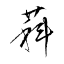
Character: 萪